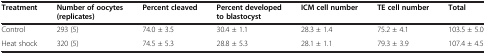
| Treatment | Number of oocytes (replicates) | Percent cleaved | Percent developed to blastocyst | ICM cell number | TE cell number | Total |
 | --- | --- | --- | --- | --- | --- | --- |
 | Control | 293 (5) | 74.0 ± 3.5 | 30.4 ± 1.1 | 28.3 ± 1.4 | 75.2 ± 4.1 | 103.5 ± 5.0 |
 | Heat shock | 320 (5) | 74.5 ± 5.3 | 28.8 ± 5.3 | 28.1 ± 1.1 | 79.3 ± 3.9 | 107.4 ± 4.5 |